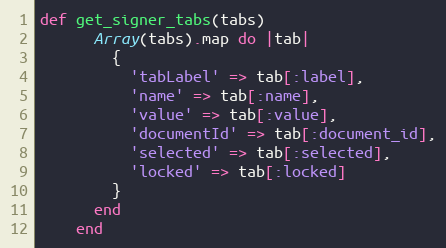
Language: Ruby
def get_signer_tabs(tabs)
      Array(tabs).map do |tab|
        {
          'tabLabel' => tab[:label],
          'name' => tab[:name],
          'value' => tab[:value],
          'documentId' => tab[:document_id],
          'selected' => tab[:selected],
          'locked' => tab[:locked]
        }
      end
    end